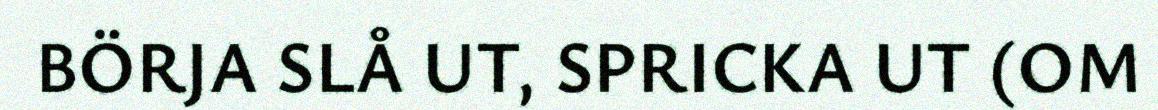
BÖRJA SLÅ UT, SPRICKA UT (OM